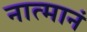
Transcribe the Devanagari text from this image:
नात्मानं